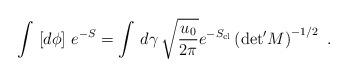
LaTeX: \begin{align*}\int\, \left[ d\phi \right]\, e^{-S} = \int\, d \gamma\, \sqrt{\frac{u_0}{2\pi}} e^{-S_{\rm cl}}\left( {\det}'M \right)^{-1/2} \ .\end{align*}